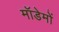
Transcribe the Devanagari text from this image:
मॉडेमों